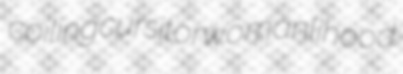
coiling cursitor womanlihood